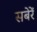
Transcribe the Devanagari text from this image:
सबेरें